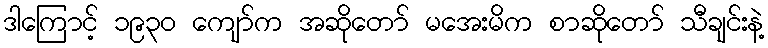
ဒါကြောင့် ၁၉၃၀ ကျော်က အဆိုတော် မအေးမိက စာဆိုတော် သီချင်းနဲ့